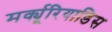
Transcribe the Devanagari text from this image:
मर्क्यूरियाडिस